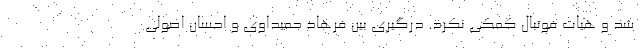
شد و هیات فوتبال کمکی نکرد. درگیری بین فرهاد حمیداوی و احسان اصولی